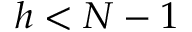
h < N - 1